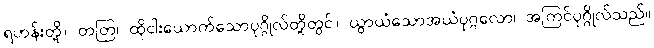
ရဟန်းတို့။ တတြ၊ ထိုငါးယောက်သောပုဂ္ဂိုလ်တို့တွင်။ ယွာယံသောအယံပုဂ္ဂလော၊ အကြင်ပုဂ္ဂိုလ်သည်။